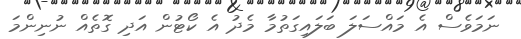
ނަމަވެސް އެ މައްސަލަ ބަލައިގަތުމާ މެދު އެ ކޯޓުން އަދި ގޮތެއް ނުނިންމަ